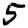
Digit: 5